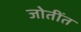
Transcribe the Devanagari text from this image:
जोतींत